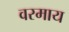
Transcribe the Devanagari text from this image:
वरमाय